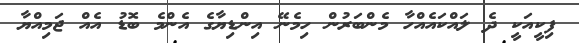
ފިކީއަކީ ދެ ލައްކައެއްހާ މެންބަރުން ހިމެނޭ އިންޑިޔާގެ އެންމެ ބޮޑު އެއް ޖަމިއްޔާ